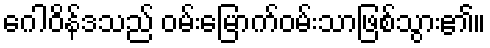
ဂေါဝိန်ဒသည် ဝမ်းမြောက်ဝမ်းသာဖြစ်သွား၏။